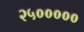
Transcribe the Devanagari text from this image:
२५०००००